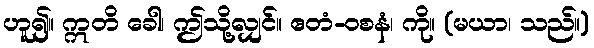
ဟူ၍။ ဣတိ ခေါ၊ ဤသို့လျှင်။ ဧတံ-ဝစနံ၊ ကို။ (မယာ၊ သည်။)